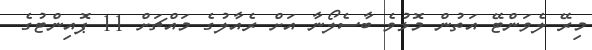
މިރޭ ލެވަންޓޭ އަތުން މޮޅުވެ ބާސެލޯނާ އަށް ރެއާލުގެ މައްޗަށް 11 ޕޮއިންޓުގެ